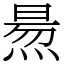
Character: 𤋁